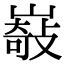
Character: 𡼋